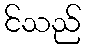
င်သည်